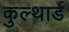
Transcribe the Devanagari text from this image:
कुल्थार्ड